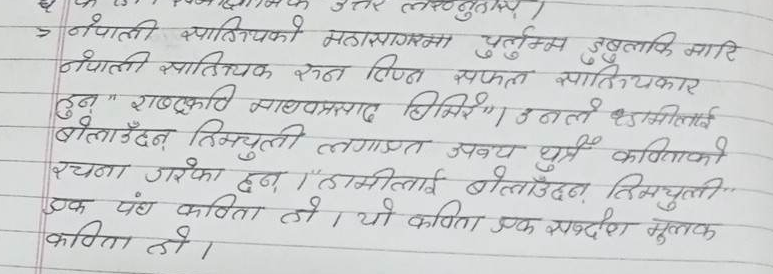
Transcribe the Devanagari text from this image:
॰ नेपाली साहित्यको महासागरमा चुलुम्म डुबुल्की मारि
नेपाली साहित्यका खनिदिने सफल साहित्यकार
हुन् "राष्ट्रकवि माधवप्रसाद घिमिरे।" उनले "हामीलाई
बोलाउँदैन तिम्चुली" लगायत अन्य थुप्रै कविताको
रचना गरेका हुन्। "हामीलाई बोलाउँदैन तिम्चुली"
एक खण्ड कविता हो। यो कविता एक सन्देश मूलक
कविता हो।